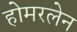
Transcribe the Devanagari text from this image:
होमरलेन